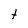
Character: t